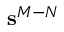
\mathbf { s } ^ { M - N }